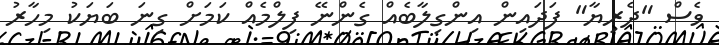
ވެސް "ދެރިޔާ" ފަދައިން އިންގިލާބެއް ގެންނޭ ފިލްމެއް ކަމަށް ގިނަ ބަޔަކު މިހާރު